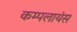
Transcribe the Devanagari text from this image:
कम्पलायंस